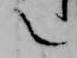
言